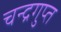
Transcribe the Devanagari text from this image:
चन्द्रगुप्त